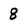
Character: 8